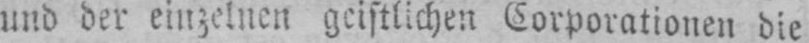
und der einzelnen geistlichen Corporationen die